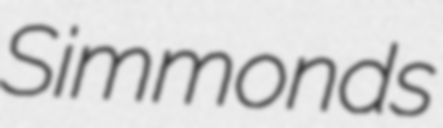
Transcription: Simmonds